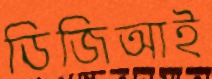
ডিজিআই